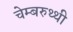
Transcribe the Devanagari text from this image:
चेम्बरुथ्थी